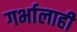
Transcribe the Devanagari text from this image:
गर्भालाही